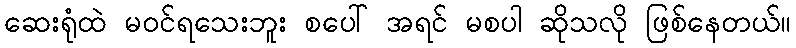
ဆေးရုံထဲ မဝင်ရသေးဘူး စပေါ် အရင် မစပါ ဆိုသလို ဖြစ်နေတယ်။